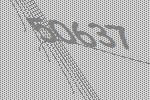
50637